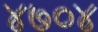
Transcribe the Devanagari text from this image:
४७०४